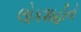
લોકશાહીનો